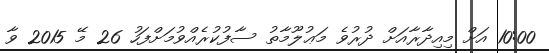
10:00 އަށް މިއިދާރާއަށް ދުރުވެ މަޢުލޫމާތު ސާފުކުރެއްވުމަށްފަހު 26 މޭ 2015 ވާ